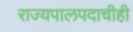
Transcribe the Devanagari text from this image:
राज्यपालपदाचीही